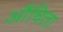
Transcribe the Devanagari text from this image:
औचिता